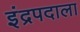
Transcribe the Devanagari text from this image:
इंद्रपदाला